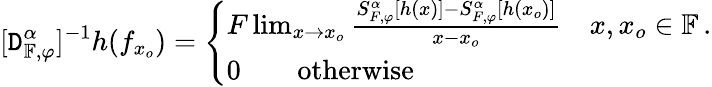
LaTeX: [\mathtt{D}_{\mathbb{{F}},\varphi}^{\alpha}]^{-1}h(f_{x_{o}})=\left\{ \begin{array}{ll}{F\operatorname*{lim}_{x\rightarrow x_{o}}\frac{S_{F,\varphi}^{\alpha}[h(x)]-S_{F,\varphi}^{\alpha}[h(x_{o})]}{x-x_{o}}~~~~x,x_{o}\in\mathbb{F}\, .}\\ {0\qquad\textrm{otherwise}}\end{array}\right.